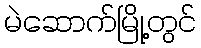
မဲဆောက်မြို့တွင်